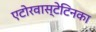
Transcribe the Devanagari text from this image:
एटोरवास्टेटिनका